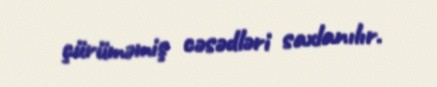
çürüməmiş cəsədləri saxlanılır.